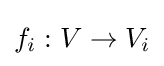
f_{i}:V\to V_{i}